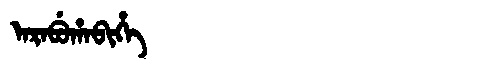
Manchu: ᠠᡵᠠᠪᡠᡥᠠᠪᡳᡥᡝ
Romanization: ARABUHABIHE